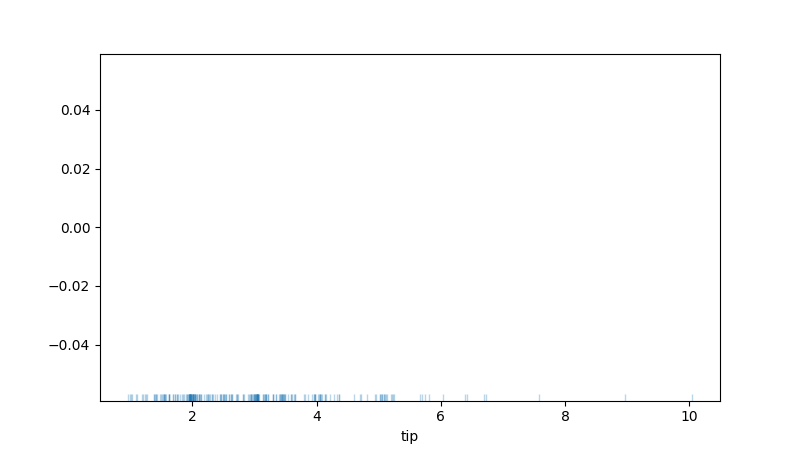
python, seaborn, rugplot, height=0.02, axis='x', alpha=0.3